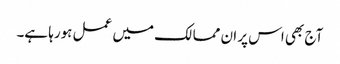
آج بھی اس پر ان ممالک میں عمل ہورہا ہے۔